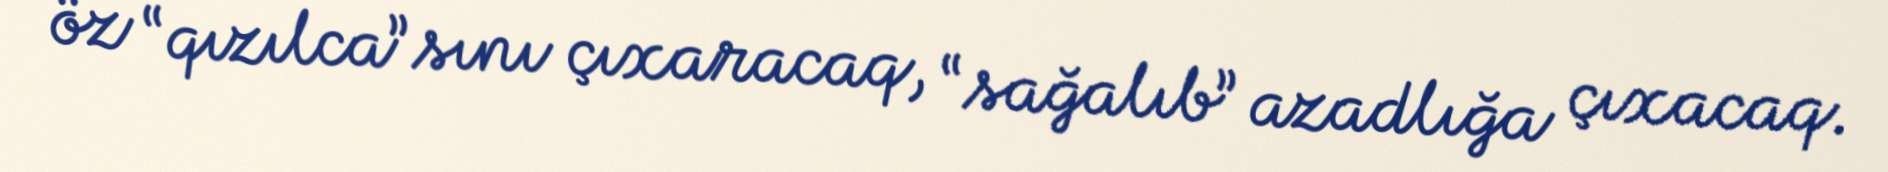
öz “qızılca”sını çıxaracaq, “sağalıb” azadlığa çıxacaq.